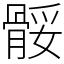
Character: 骽